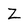
Character: z